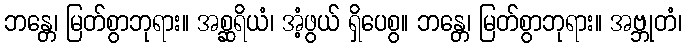
ဘန္တေ၊ မြတ်စွာဘုရား။ အစ္ဆရိယံ၊ အံ့ဖွယ် ရှိပေစွ။ ဘန္တေ၊ မြတ်စွာဘုရား။ အဗ္ဘုတံ၊